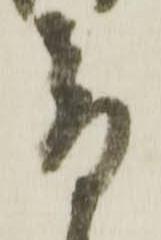
音